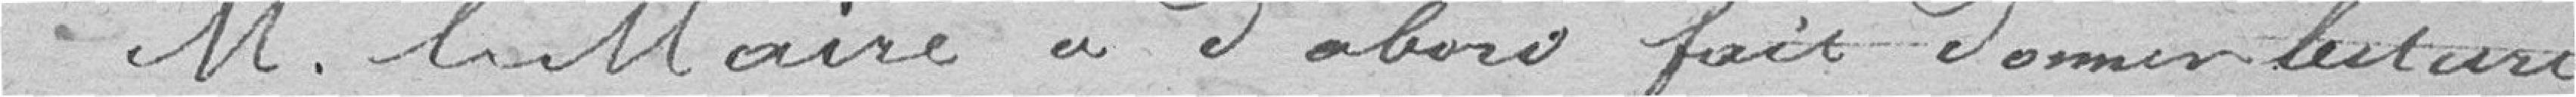
M. le Maire a d'abord fait donner lecture